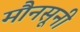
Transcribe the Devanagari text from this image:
मौनसूनी